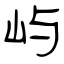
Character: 屿